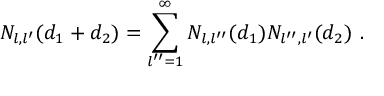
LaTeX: N _ { l , l ^ { \prime } } ( d _ { 1 } + d _ { 2 } ) = \sum _ { l ^ { \prime \prime } = 1 } ^ { \infty } N _ { l , l ^ { \prime \prime } } ( d _ { 1 } ) N _ { l ^ { \prime \prime } , l ^ { \prime } } ( d _ { 2 } ) \ .